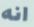
انه